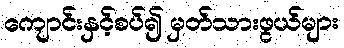
ကျောင်းနှင့်စပ်၍ မှတ်သားဖွယ်များ